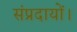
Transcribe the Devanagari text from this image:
संप्रदायों।